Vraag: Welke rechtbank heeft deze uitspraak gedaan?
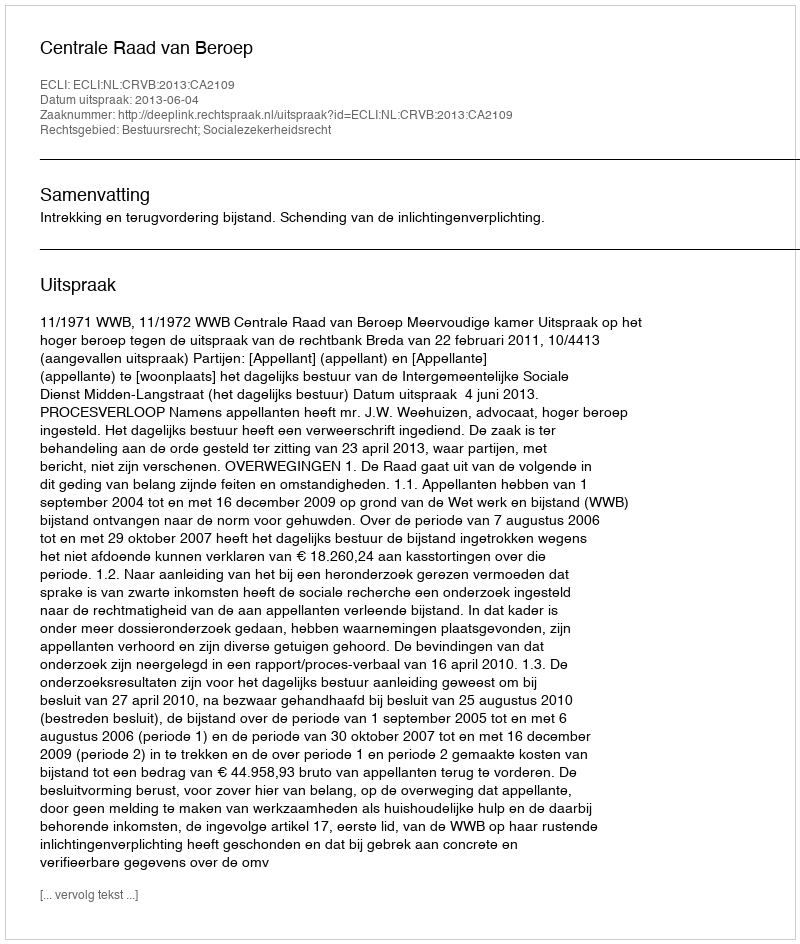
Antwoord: Centrale Raad van Beroep